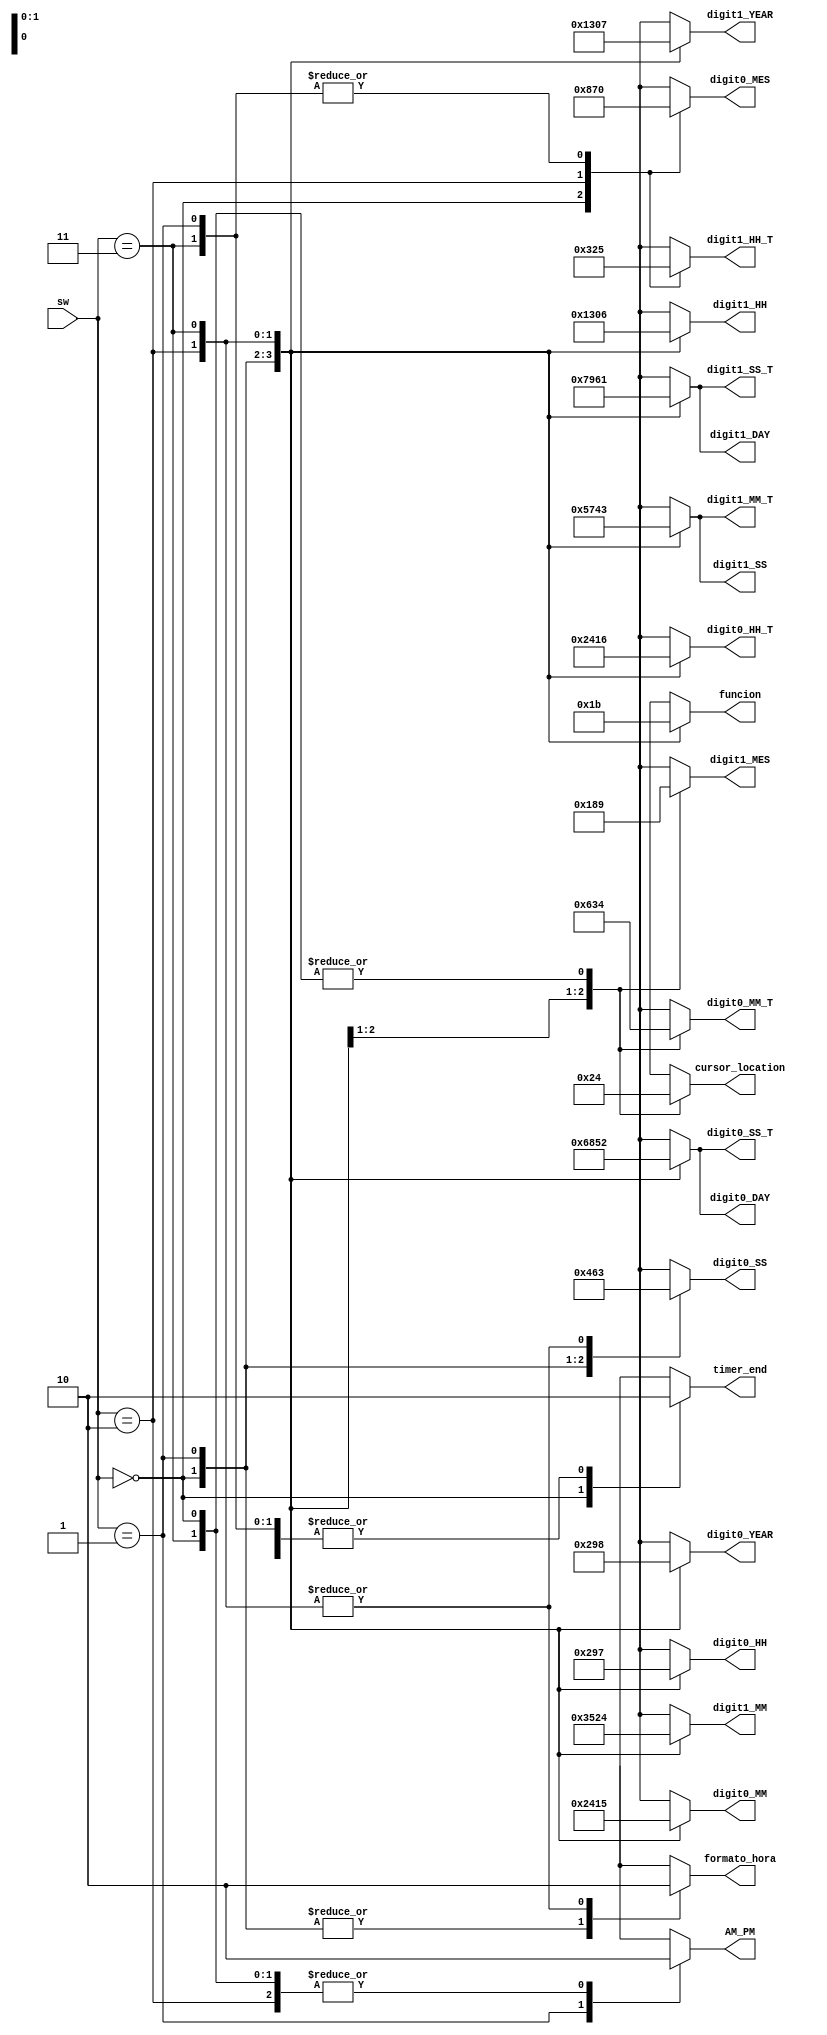
module bloque_prueba_frames
(
input wire [1:0]sw,
output reg [3:0] digit0_HH, digit1_HH, digit0_MM, digit1_MM, digit0_SS, digit1_SS,
digit0_DAY, digit1_DAY, digit0_MES, digit1_MES, digit0_YEAR, digit1_YEAR,
digit0_HH_T, digit1_HH_T, digit0_MM_T, digit1_MM_T, digit0_SS_T, digit1_SS_T,
output reg AM_PM,
output reg [1:0]funcion,
output reg [1:0] cursor_location,
output reg timer_end,
output reg formato_hora
);
always@*
begin
case(sw)
2'h0:
begin
	digit0_HH = 4'b0000;
	digit1_HH = 4'b0001;
	digit0_MM = 4'b0010; 
	digit1_MM = 4'b0011;
	digit0_SS = 4'b0100;
	digit1_SS = 4'b0101;
	digit0_DAY = 4'b0110;
	digit1_DAY = 4'b0111;
	digit0_MES = 4'b1000;
	digit1_MES = 4'b1001;
	digit0_YEAR = 4'b0000;
	digit1_YEAR = 4'b0001;
	digit0_HH_T = 4'b0010; 
	digit1_HH_T = 4'b0011;
	digit0_MM_T = 4'b0100;
	digit1_MM_T = 4'b0101;
	digit0_SS_T = 4'b0110;
	digit1_SS_T = 4'b0111;
	AM_PM = 1'b0;
	funcion = 2'b00;
	cursor_location = 2'b00;
	timer_end = 1'b1;
	formato_hora = 1'b1;
end
2'h1:
begin
	digit0_HH = 4'b0010;
	digit1_HH = 4'b0011;
	digit0_MM = 4'b0100; 
	digit1_MM = 4'b0101;
	digit0_SS = 4'b0110;
	digit1_SS = 4'b0111;
	digit0_DAY = 4'b1000;
	digit1_DAY = 4'b1001;
	digit0_MES = 4'b0000;
	digit1_MES = 4'b0001;
	digit0_YEAR = 4'b0010;
	digit1_YEAR = 4'b0011;
	digit0_HH_T = 4'b0100; 
	digit1_HH_T = 4'b0101;
	digit0_MM_T = 4'b0110;
	digit1_MM_T = 4'b0111;
	digit0_SS_T = 4'b1000;
	digit1_SS_T = 4'b1001;
	AM_PM = 1'b1;
	funcion = 2'b01;
	cursor_location = 2'b10;
	timer_end = 1'b0;
	formato_hora = 1'b1;
end
2'h2:
begin
	digit0_HH = 4'b1001;
	digit1_HH = 4'b0000;
	digit0_MM = 4'b0001; 
	digit1_MM = 4'b0010;
	digit0_SS = 4'b0011;
	digit1_SS = 4'b0100;
	digit0_DAY = 4'b0101;
	digit1_DAY = 4'b0110;
	digit0_MES = 4'b0111;
	digit1_MES = 4'b1000;
	digit0_YEAR = 4'b1001;
	digit1_YEAR = 4'b0000;
	digit0_HH_T = 4'b0001; 
	digit1_HH_T = 4'b0010;
	digit0_MM_T = 4'b0011;
	digit1_MM_T = 4'b0100;
	digit0_SS_T = 4'b0101;
	digit1_SS_T = 4'b0110;
	AM_PM = 1'b0;
	funcion = 2'b10;
	cursor_location = 2'b01;
	timer_end = 1'b0;
	formato_hora = 1'b0;
end
2'h3:
begin
	digit0_HH = 4'b0111;
	digit1_HH = 4'b0110;
	digit0_MM = 4'b0101; 
	digit1_MM = 4'b0100;
	digit0_SS = 4'b0011;
	digit1_SS = 4'b0011;
	digit0_DAY = 4'b0010;
	digit1_DAY = 4'b0001;
	digit0_MES = 4'b0000;
	digit1_MES = 4'b1001;
	digit0_YEAR = 4'b1000;
	digit1_YEAR = 4'b0111;
	digit0_HH_T = 4'b0110; 
	digit1_HH_T = 4'b0101;
	digit0_MM_T = 4'b0100;
	digit1_MM_T = 4'b0011;
	digit0_SS_T = 4'b0010;
	digit1_SS_T = 4'b0001;
	AM_PM = 1'b0;
	funcion = 2'b11;
	cursor_location = 2'b00;
	timer_end = 1'b0;
	formato_hora = 1'b0;
end
endcase
end
endmodule